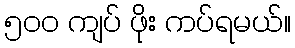
၅၀၀ ကျပ် ဖိုး ကပ်ရမယ်။